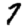
Digit: 7